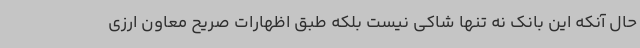
حال آنکه این بانک نه تنها شاکی نیست بلکه طبق اظهارات صریح معاون ارزی